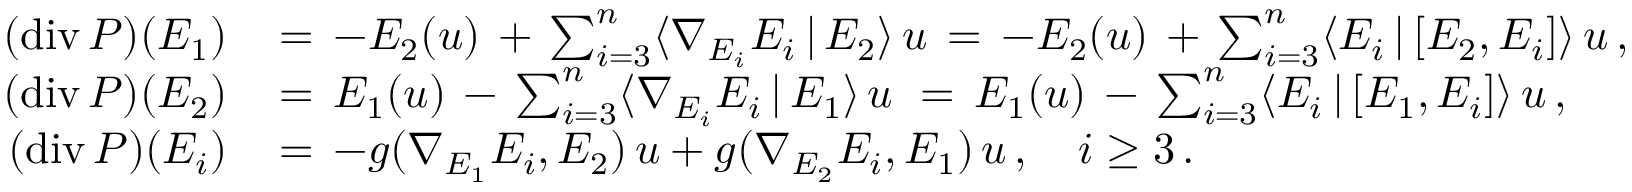
\begin{array} { r l } { ( \mathrm { d i v } \, P ) ( E _ { 1 } ) \, } & { = \, - E _ { 2 } ( u ) \, + \, \sum _ { i = 3 } ^ { n } \langle \nabla _ { E _ { i } } E _ { i } \, | \, E _ { 2 } \rangle \, u \, = \, - E _ { 2 } ( u ) \, + \, \sum _ { i = 3 } ^ { n } \langle E _ { i } \, | \, [ E _ { 2 } , E _ { i } ] \rangle \, u \, , } \\ { ( \mathrm { d i v } \, P ) ( E _ { 2 } ) \, } & { = \, E _ { 1 } ( u ) \, - \, \sum _ { i = 3 } ^ { n } \langle \nabla _ { E _ { i } } E _ { i } \, | \, E _ { 1 } \rangle \, u \, \, = \, E _ { 1 } ( u ) \, - \, \sum _ { i = 3 } ^ { n } \langle E _ { i } \, | \, [ E _ { 1 } , E _ { i } ] \rangle \, u \, , } \\ { ( \mathrm { d i v } \, P ) ( E _ { i } ) \, } & { = \, - g ( \nabla _ { E _ { 1 } } E _ { i } , E _ { 2 } ) \, u + g ( \nabla _ { E _ { 2 } } E _ { i } , E _ { 1 } ) \, u \, , \quad i \geq 3 \, . } \end{array}